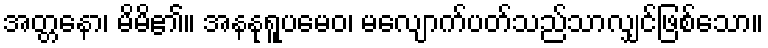
အတ္တနော၊ မိမိ၏။ အနနုရူပမေဝ၊ မလျောက်ပတ်သည်သာလျှင်ဖြစ်သော။